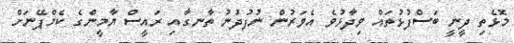
މޮޅެތި ދީނީ ބަސްފުޅުތައް ވިދާޅުވެ އެވަރުން ނުފުދުނު ތާނގާއި ރައީސް ޔާމީންގެ ކެމްޕޭނަށް